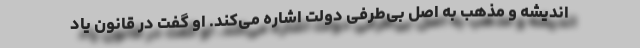
اندیشه و مذهب به اصل بی‌طرفی دولت اشاره می‌کند. او گفت در قانون یاد